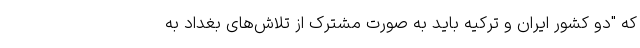
که "دو کشور ایران و ترکیه باید به صورت مشترک از تلاش‌های بغداد به